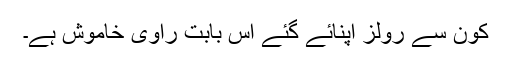
کون سے رولز اپنائے گئے اس بابت راوی خاموش ہے۔